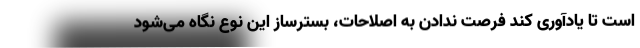
است تا یادآوری کند فرصت ندادن به اصلاحات، بستر‌ساز این نوع نگاه می‌شود